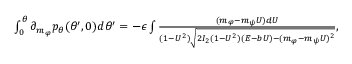
\begin{array} { r } { \int _ { 0 } ^ { \theta } \partial _ { m _ { \varphi } } p _ { \theta } ( \theta ^ { \prime } , 0 ) d \theta ^ { \prime } = - \epsilon \int \frac { ( m _ { \varphi } - m _ { \psi } U ) d U } { ( 1 - U ^ { 2 } ) \sqrt { 2 I _ { 2 } ( 1 - U ^ { 2 } ) ( E - b U ) - ( m _ { \varphi } - m _ { \psi } U ) ^ { 2 } } } , } \end{array}